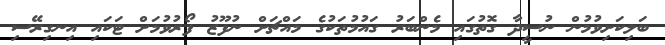
ބަލިކަށިވުމުން ނުސީދާ ގޮތުގައި މެންބަރު ގައުމުތަކުގެ މައްޗަށް ނުފޫޒު ފޯރުވުމަށް ޓަކައި އިނގިރޭސި